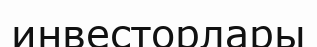
инвесторлары